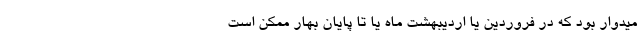
میدوار بود که در فروردین یا اردیبهشت ماه یا تا پایان بهار ممکن است